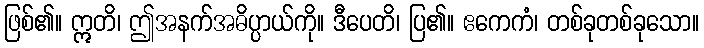
ဖြစ်၏။ ဣတိ၊ ဤအနက်အဓိပ္ပာယ်ကို။ ဒီပေတိ၊ ပြ၏။ ဧကေကံ၊ တစ်ခုတစ်ခုသော။